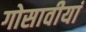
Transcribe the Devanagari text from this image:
गोसावीयां